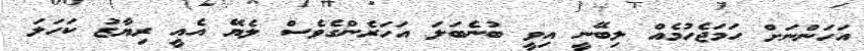
އަހަންނަށް ހަމަޖެހުމެއް ލިބޭނީ އިވީ ބުނެބަލަ އަހަރެންގެވެސް ލެޔޭ އެއީ ރިޔާޒު ކަހަލަ